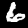
Label: 6